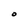
Character: O